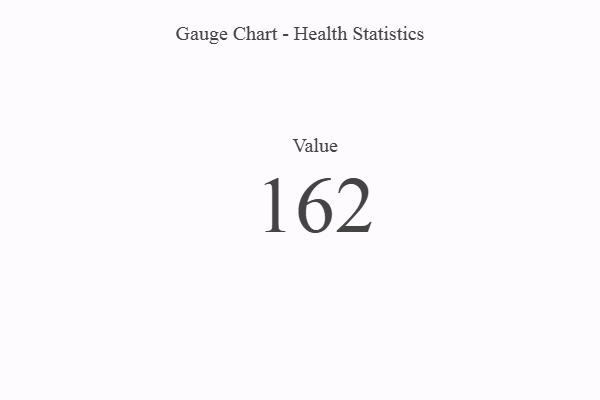
{"axis": {"x": "Metric", "y": "Value"}, "legend": [""], "data": [{"x": "Value", "y": 162, "type": ""}]}